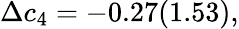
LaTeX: \Delta c_{4}=-0.27(1.53),